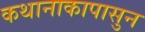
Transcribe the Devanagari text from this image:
कथानाकापासुन